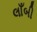
લાઁબી